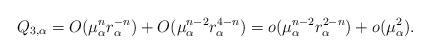
LaTeX: \begin{align*}Q_{3,\alpha}=O(\mu_\alpha^n r_\alpha^{-n})+O(\mu_\alpha^{n-2}r_\alpha^{4-n}) = o(\mu_\alpha^{n-2}r_\alpha^{2-n})+o(\mu_\alpha^2).\end{align*}